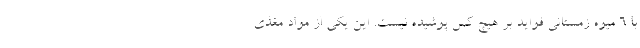
با 6 میوه زمستانی فواید بر هیچ کس پوشیده نیست. این یکی از مواد مغذی